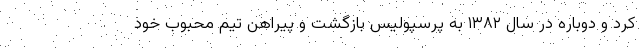
کرد و دوباره در سال ۱۳۸۲ به پرسپولیس بازگشت و پیراهن تیم محبوب خود